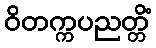
ဝိတက္ကပညတ္တိံ